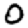
Digit: 0